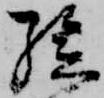
孫